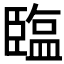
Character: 𦣪